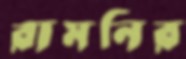
রামনির